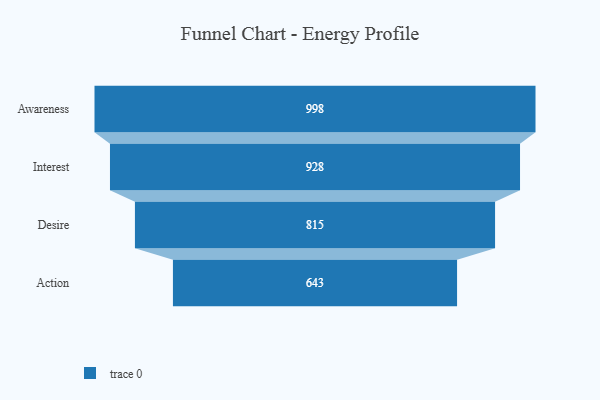
{"axis": {"x": "Stage", "y": "Value"}, "legend": [""], "data": [{"x": "Awareness", "y": 998.0, "type": ""}, {"x": "Interest", "y": 928.0, "type": ""}, {"x": "Desire", "y": 815.0, "type": ""}, {"x": "Action", "y": 643.0, "type": ""}]}